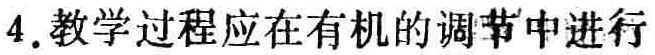
4. 教学过程应在有机的调节中进行